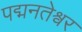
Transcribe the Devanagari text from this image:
पद्मनतेश्वर